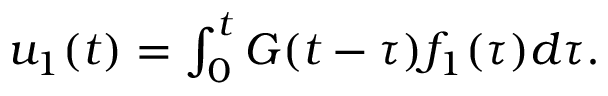
\begin{array} { r } { u _ { 1 } ( t ) = \int _ { 0 } ^ { t } G ( t - \tau ) f _ { 1 } ( \tau ) d \tau . } \end{array}